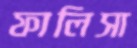
ফালিসা